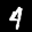
Label: 4